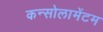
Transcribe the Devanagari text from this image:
कन्सोलामेंटम